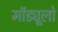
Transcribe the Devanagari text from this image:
मॉड्यूलो